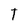
Character: T